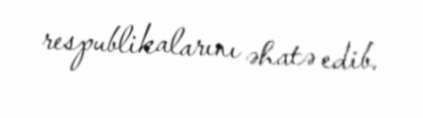
respublikalarını əhatə edib.